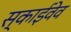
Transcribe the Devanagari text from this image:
स्काईवेव